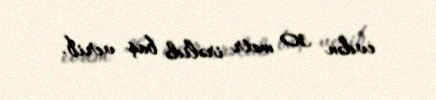
evdən 30 metr irəlidə baş verib.